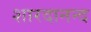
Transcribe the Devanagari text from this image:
शारदानन्द